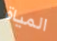
المياة